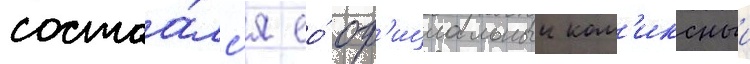
состоа́лс'я ео́ оф'ициальныи ком'иксныи